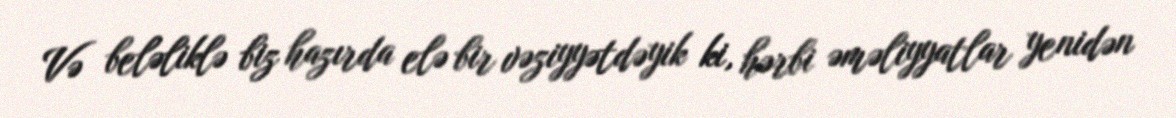
Və beləliklə biz hazırda elə bir vəziyyətdəyik ki, hərbi əməliyyatlar yenidən